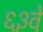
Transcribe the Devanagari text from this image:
६३वें